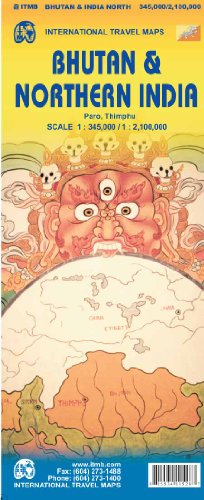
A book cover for Bhutan & Northern India 1:345 000/1:2 100 000 (International Travel Maps); International Travel maps; Travel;